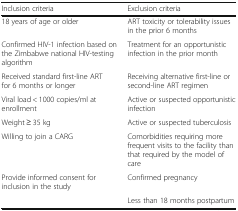
<table><thead><tr><td><b>Inclusion criteria</b></td><td><b>Exclusion criteria</b></td></tr></thead><tbody><tr><td>18 years of age or older</td><td>ART toxicity or tolerability issues in the prior 6 months</td></tr><tr><td>Confirmed HIV-1 infection based on the Zimbabwe national HIV-testing algorithm</td><td>Treatment for an opportunistic infection in the prior month</td></tr><tr><td>Received standard first-line ART for 6 months or longer</td><td>Receiving alternative first-line or second-line ART regimen</td></tr><tr><td>Viral load &lt; 1000 copies/ml at enrollment</td><td>Active or suspected opportunistic infection</td></tr><tr><td>Weight ≥ 35 kg</td><td>Active or suspected tuberculosis</td></tr><tr><td>Willing to join a CARG</td><td>Comorbidities requiring more frequent visits to the facility than that required by the model of care</td></tr><tr><td>Provide informed consent for inclusion in the study</td><td>Confirmed pregnancy</td></tr><tr><td>[EMPTY_CELL]</td><td>Less than 18 months postpartum</td></tr></tbody></table>